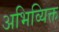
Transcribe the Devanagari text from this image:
अभिव्यिक्त